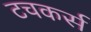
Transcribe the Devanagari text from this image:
टचकर्स